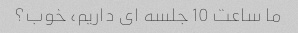
ما ساعت 10 جلسه ای داریم، خوب؟